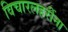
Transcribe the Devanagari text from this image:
विचारलहरींना